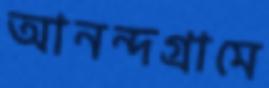
আনন্দগ্রামে